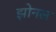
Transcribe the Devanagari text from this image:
झोनल